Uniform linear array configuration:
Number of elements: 32
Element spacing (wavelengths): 0.75
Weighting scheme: cosine
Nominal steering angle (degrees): -15
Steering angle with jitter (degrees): -15.558
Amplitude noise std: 0.05
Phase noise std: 0.05

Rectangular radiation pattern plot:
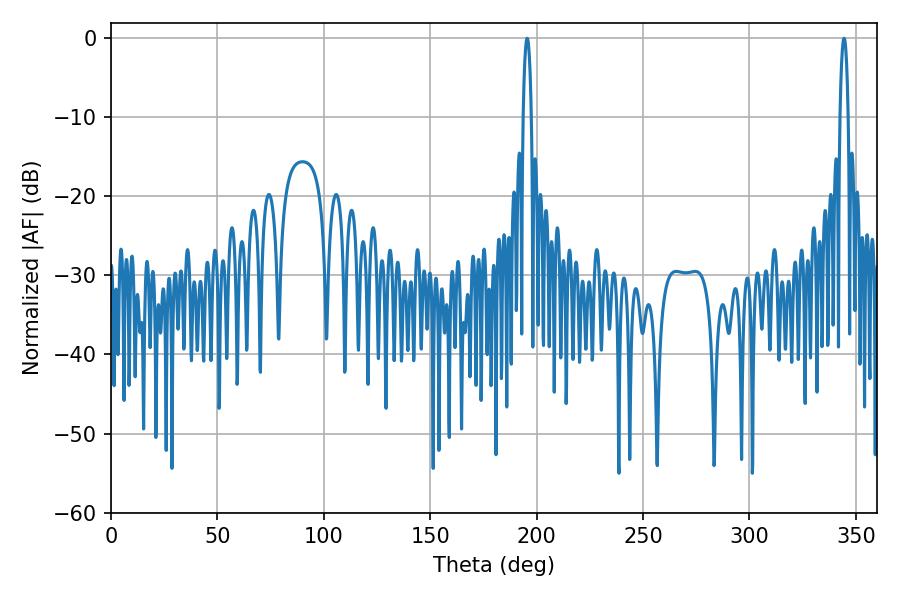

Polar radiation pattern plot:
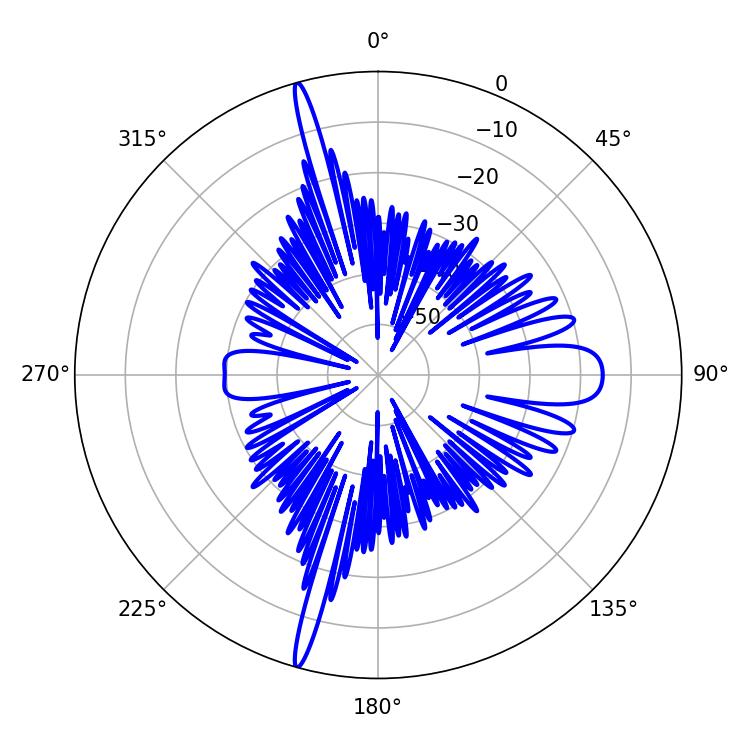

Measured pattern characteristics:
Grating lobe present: TRUE
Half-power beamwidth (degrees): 1.98
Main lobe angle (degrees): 344.52